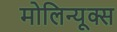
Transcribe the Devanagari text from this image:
मोलिन्यूक्स